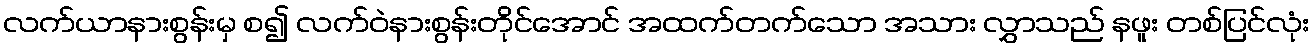
လက်ယာနားစွန်းမှ စ၍ လက်ဝဲနားစွန်းတိုင်အောင် အထက်တက်သော အသား လွှာသည် နဖူး တစ်ပြင်လုံး